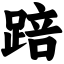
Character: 踣